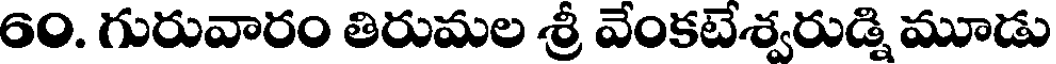
60. గురువారం తిరుమల శ్రీ వేంకటేశ్వరుడ్ని మూడు